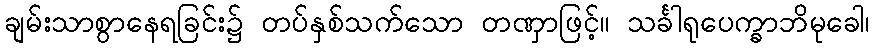
ချမ်းသာစွာနေရခြင်း၌ တပ်နှစ်သက်သော တဏှာဖြင့်။ သင်္ခါရုပေက္ခာဘိမုခေါ၊